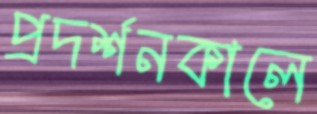
প্রদর্শনকালে